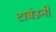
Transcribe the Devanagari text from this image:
टाबेउनी